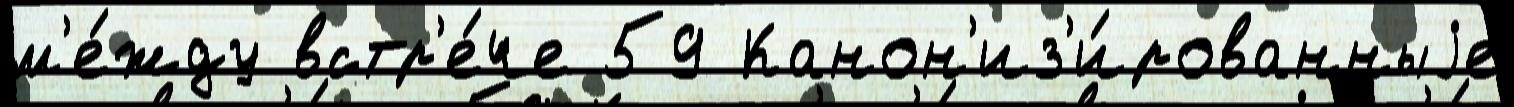
м'е́жду встр'е́че 59 Канон'из'и́рованныjе